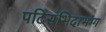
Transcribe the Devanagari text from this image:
पटिसंभिदाभग्ग